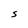
Character: S